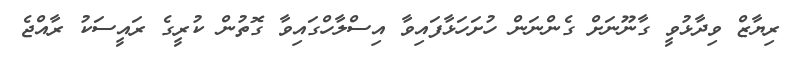
ރިޔާޒް ވިދާޅުވީ ގާނޫނަށް ގެންނަން ހުށަހަޅާފައިވާ އިސްލާހްގައިވާ ގޮތުން ކުރީގެ ރައީސަކު ރާއްޖެ